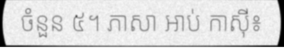
ចំនួន ៥។ ភាសា អាប់ កាស៊ី៖